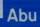
abu